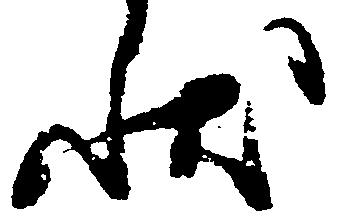
状